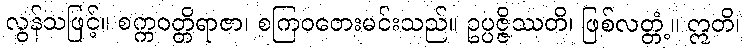
လွန်သဖြင့်။ စက္ကဝတ္တိရာဇာ၊ စကြဝတေးမင်းသည်။ ဥပ္ပဇ္ဇိဿတိ၊ ဖြစ်လတ္တံ့။ ဣတိ၊